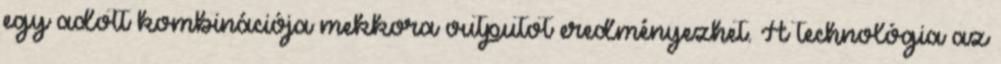
egy adott kombinációja mekkora outputot eredményezhet. A technológia az